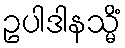
ဥပါဒါနသ္မိံ